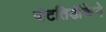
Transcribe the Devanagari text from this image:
पोटतिडीकेने